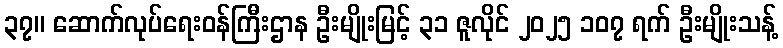
၃၇။ ဆောက်လုပ်ရေးဝန်ကြီးဌာန ဦးမျိုးမြင့် ၃၁ ဇူလိုင် ၂၀၂၅ ၁၀၇ ရက် ဦးမျိုးသန့်